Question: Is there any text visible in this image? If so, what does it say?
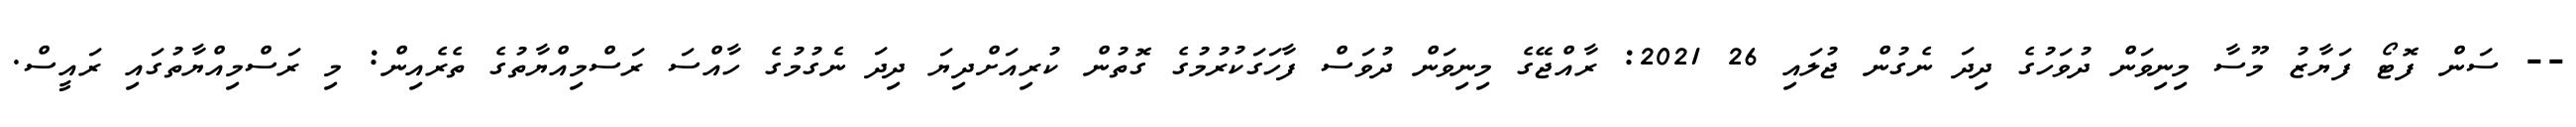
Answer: -- ސަން ފޮޓޯ ފަޔާޒު މޫސާ މިނިވަން ދުވަހުގެ ދިދަ ނެގުން ޖުލައި 26 2021: ރާއްޖޭގެ މިނިވަން ދުވަސް ފާހަގަކުރުމުގެ ގޮތުން ކުރިއަށްދިޔަ ދިދަ ނެގުމުގެ ހާއްސަ ރަސްމިއްޔާތުގެ ތެރެއިން: މި ރަސްމިއްޔާތުގައި ރައީސް.